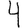
Digit: 4